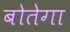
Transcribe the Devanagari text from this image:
बोतेगा